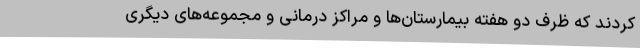
کردند که ظرف دو هفته بیمارستان‌ها و مراکز درمانی و مجموعه‌های دیگری